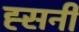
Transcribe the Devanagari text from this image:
ह्सनी